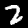
Label: 2